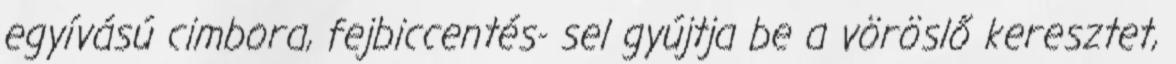
egyívású cimbora, fejbiccentés- sel gyújtja be a vöröslő keresztet,